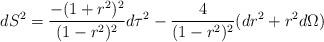
LaTeX: \begin{align*}dS^2 ={-(1+r^2)^2 \over (1-r^2)^2}d\tau^2 - {4\over(1-r^2)^2}(dr^2 +r^2 d\Omega)\end{align*}